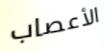
الأعصاب